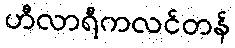
ဟီလာရီကလင်တန်